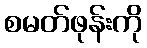
စမတ်ဖုန်းကို